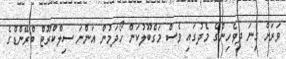
ވަރަށް ގިނަ ދިވެހިންގެ މެދުގައި ވެސް މަގްބޫލުކަން ހޯދަމުން އަންނަ ސިލްކްރޫޓް ބްރޭންޑްގެ